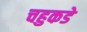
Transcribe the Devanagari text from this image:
चहुकडे